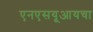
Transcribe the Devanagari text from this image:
एनएसयूआयचा